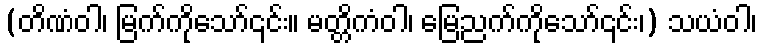
(တိဏံဝါ၊ မြက်ကိုသော်၎င်း။ မတ္တိကံဝါ၊ မြေညက်ကိုသော်၎င်း၊) သယံဝါ၊